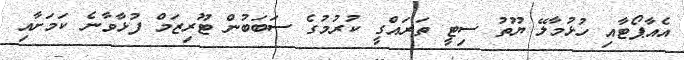
އެއާޕޯޓާއި ހުޅުމާލޭ ޔޫތު ސިޓީ ތަރައްގީ ކުރުމުގެ ސަބަބުން ޓޫރިޒަމް ފުޅާވާނެ ކަމަށާއި